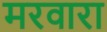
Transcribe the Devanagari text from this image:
मरवारा